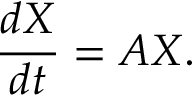
{ \frac { d X } { d t } } = A X .